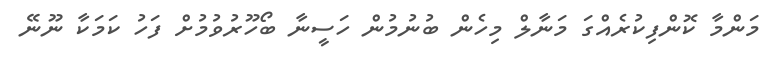
މަންމާ ކޮންފިކުރެއްގަ މަނާލް މިހެން ބުނުމުން ހަސީނާ ބޯހޫރުވުމުށް ފަހު ކަމަކާ ނޫނޭ